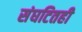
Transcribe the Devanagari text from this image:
संघटितही